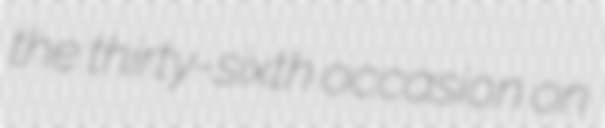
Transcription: the thirty-sixth occasion on